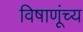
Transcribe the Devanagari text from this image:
विषाणूंच्य